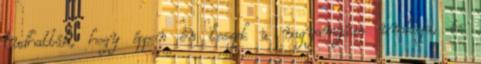
tudhatták, hogy éppen én leszek a nagyanyám unokája, és